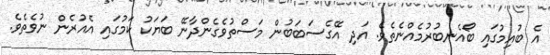
އެ ބުއިމުގައި ބޯއެނބުރުމެއްނެތެވެ. އަދި އޭގެސަބަބުން މަސްތުވެގެންދާނޭ ބަޔަކު ކަމުގައި އެއުރެން ނުވެތެވެ.